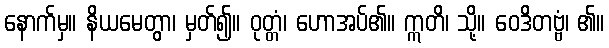
နောက်မှ။ နိယမေတွာ၊ မှတ်၍။ ဝုတ္တံ၊ ဟောအပ်၏။ ဣတိ၊ သို့။ ဝေဒိတဗ္ဗံ၊ ၏။